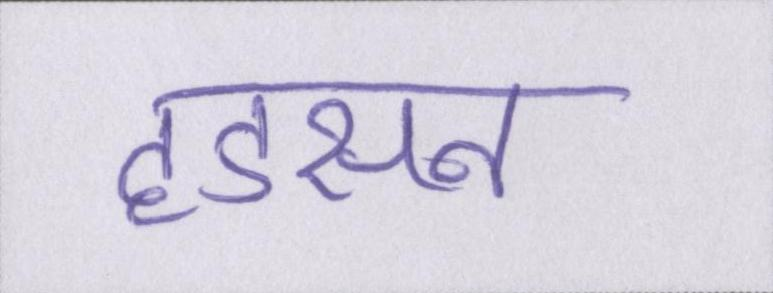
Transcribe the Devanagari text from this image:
हडसन